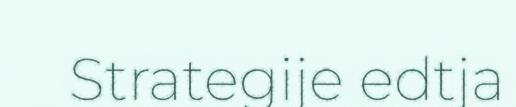
Strategije edtja